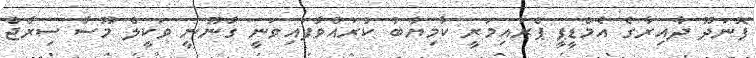
ފޮނަދޫ ދާއިރާގެ އެމްޑީޕީ ޕްރައިމަރީ ކާމިޔާބު ކުރައްވާފައިވަނީ ގާނޫނީ ވަކީލް މޫސާ ސިރާޖް